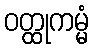
ဝတ္ထုကမ္မံ